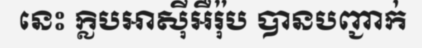
នេះ ក្លិបអាស៊ីអឺរ៉ុប បានបញ្ជាក់